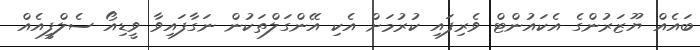
ބައެއް ޔޫޒަރުންގެ އެކައުންޓް ވެރިފައި ކުރުމަށް އެކި އޭންގަލްތަކުން ނަގާފައިވާ ވީޑިއޯ ސެލްފީއެއް